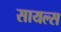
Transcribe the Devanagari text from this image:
सायल्स